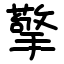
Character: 擎